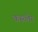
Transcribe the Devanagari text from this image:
कस्त्लेर